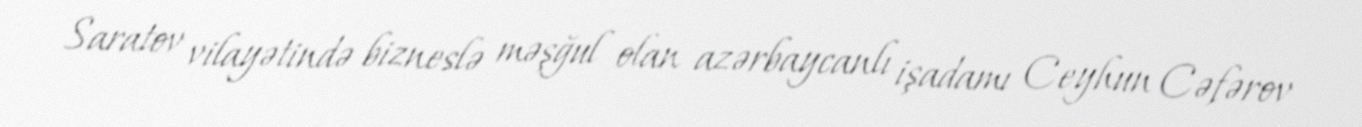
Saratov vilayətində bizneslə məşğul olan azərbaycanlı işadamı Ceyhun Cəfərov